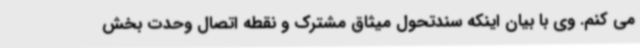
می کنم. وی با بیان اینکه سندتحول میثاق مشترک و نقطه اتصال وحدت بخش